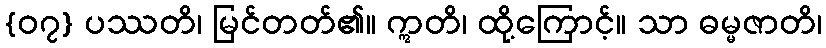
{၀၇} ပဿတိ၊ မြင်တတ်၏။ ဣတိ၊ ထို့ကြောင့်။ သာ ဓမ္မဇာတိ၊